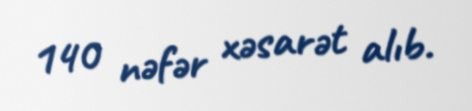
140 nəfər xəsarət alıb.